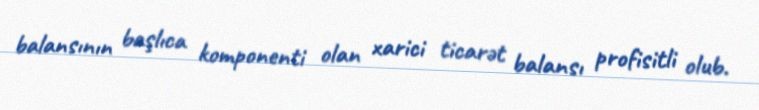
balansının başlıca komponenti olan xarici ticarət balansı profisitli olub.